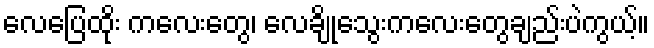
လေပြေထိုး ကလေးတွေ၊ လေချိုသွေးကလေးတွေချည်းပဲကွယ့်။